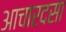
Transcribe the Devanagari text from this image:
आचारदसा